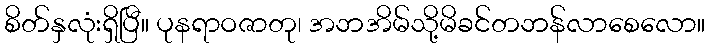
စိတ်နှလုံးရှိပြီ။ ပုနရာဝဇာတု၊ အဘအိမ်သို့မိခင်တဘန်လာစေလော။